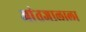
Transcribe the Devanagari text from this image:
आंतजालाला